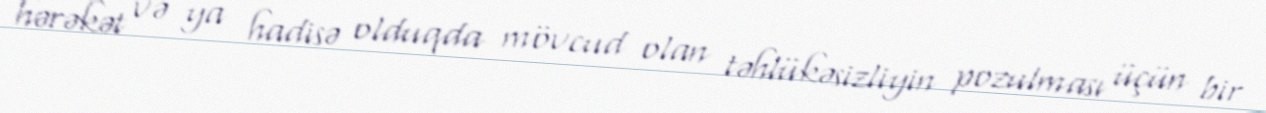
hərəkət və ya hadisə olduqda mövcud olan təhlükəsizliyin pozulması üçün bir